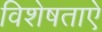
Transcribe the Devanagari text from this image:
विशेषताऐ